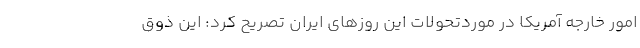
امور خارجه آمریکا در موردتحولات این روزهای ایران تصریح کرد: این ذوق